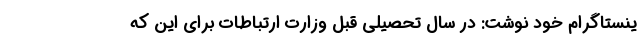
ینستاگرام خود نوشت: در سال تحصیلی قبل وزارت ارتباطات برای این ‌که